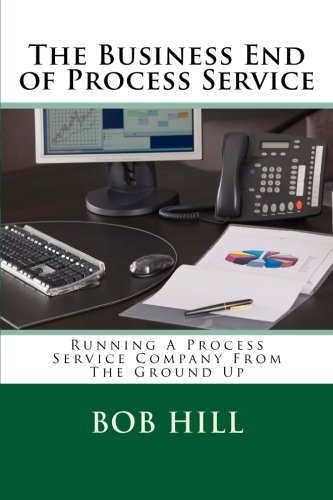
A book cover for The Business End of Process Service: Running A Process Service Company From The Ground Up; Mr. Bob Hill; Law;